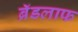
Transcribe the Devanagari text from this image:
ब्रॅडलाफ